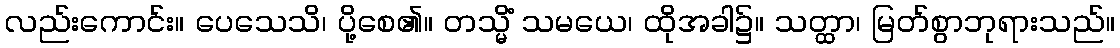
လည်းကောင်း။ ပေသေသိ၊ ပို့စေ၏။ တသ္မိံ သမယေ၊ ထိုအခါ၌။ သတ္ထာ၊ မြတ်စွာဘုရားသည်။